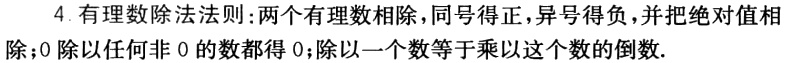
4. 有理数除法法则:两个有理数相除，同号得正，异号得负，并把绝对值相除；0除以任何非0的数都得0；除以一个数等于乘以这个数的倒数.